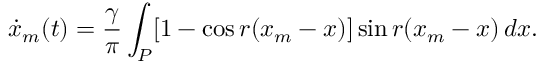
\dot { x } _ { m } ( t ) = \frac { \gamma } { \pi } \int _ { P } [ 1 - \cos r ( x _ { m } - x ) ] \sin { r ( x _ { m } - x ) } \, d x .